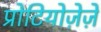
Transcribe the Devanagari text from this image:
प्रोटियोज़ेज़े